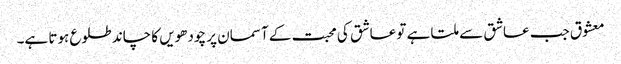
معشوق جب عاشق سے ملتا ہے تو عاشق کی محبت کے آسمان پر چودھویں کا چاند طلوع ہوتا ہے۔